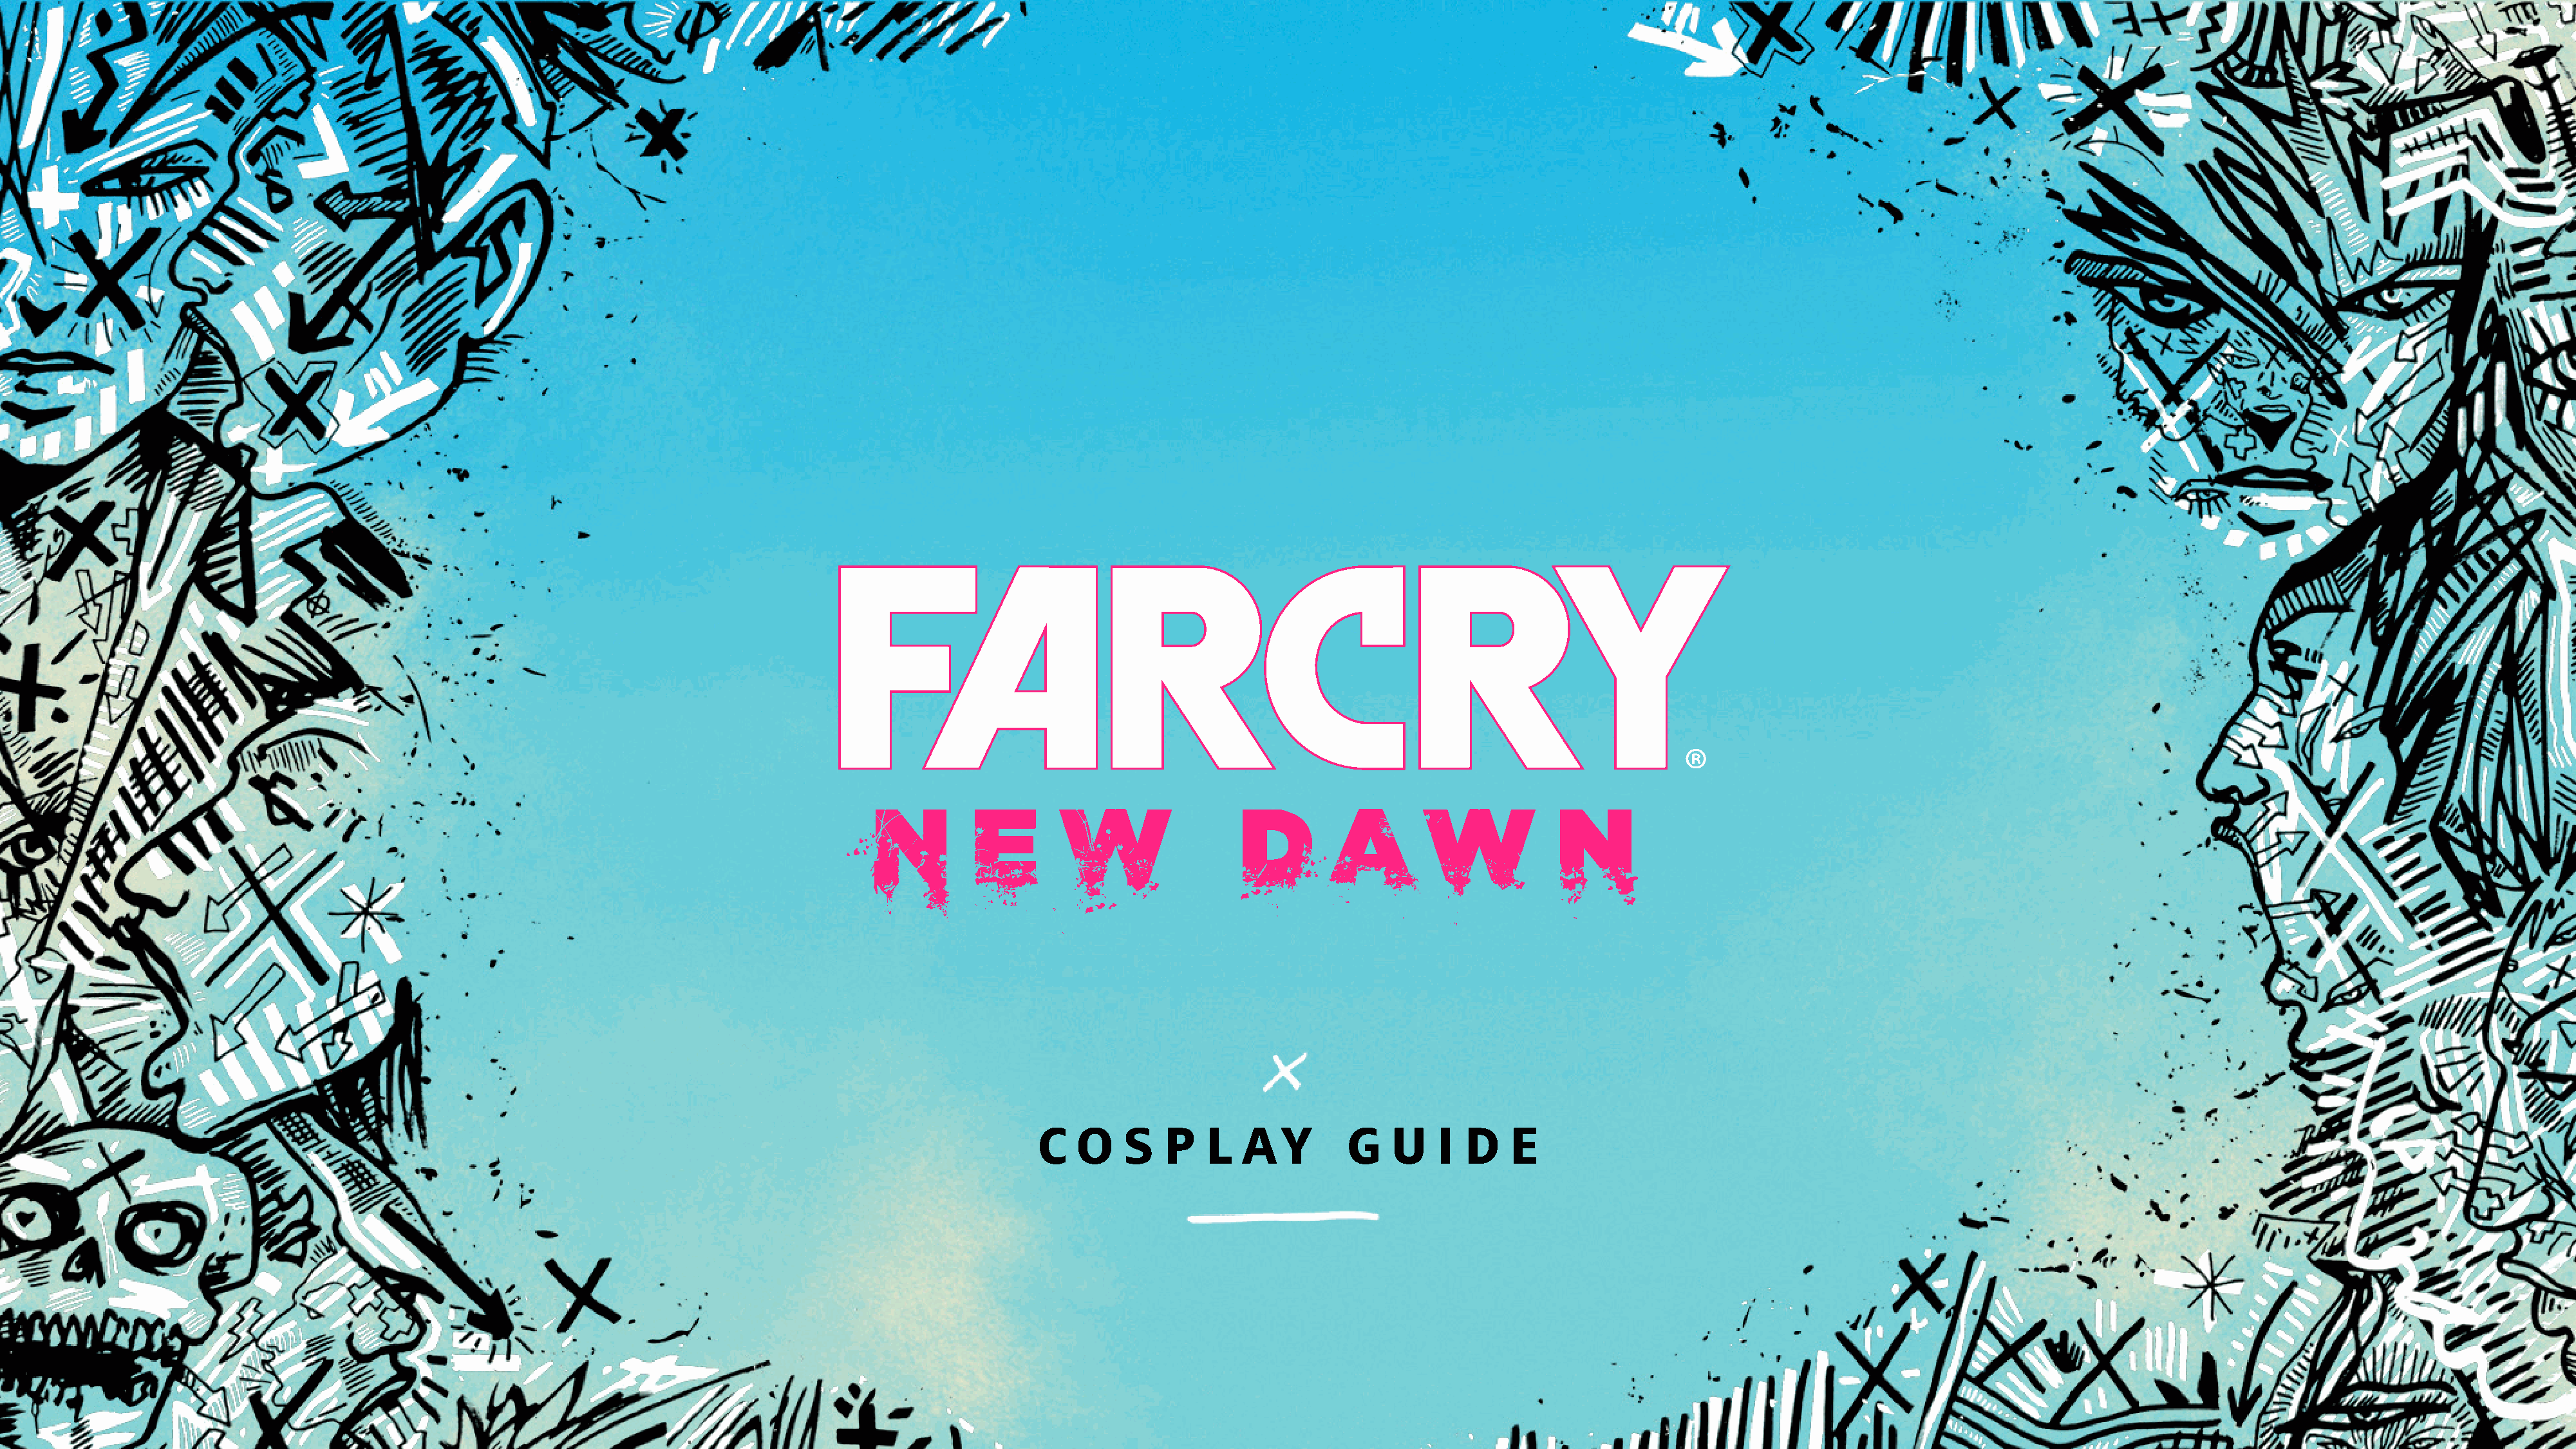
C   O   S    P   L   A   Y     G    U    I  D   E